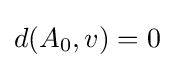
d(A_{0},v)=0